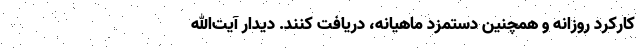
کارکرد روزانه و همچنین دستمزد ماهیانه، دریافت کنند. دیدار آیت‌الله